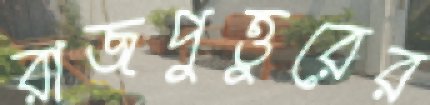
রাজপুত্তুরের